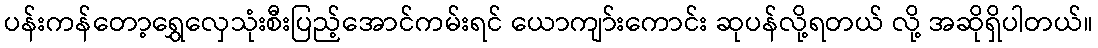
ပန်းကန်တော့ရွှေလှေသုံးစီးပြည့်အောင်ကမ်းရင် ယောကျာ်းကောင်း ဆုပန်လို့ရတယ် လို့ အဆိုရှိပါတယ်။